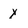
Character: y